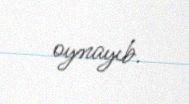
oynayıb.